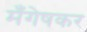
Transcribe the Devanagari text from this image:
मँगेषकर